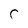
Character: C